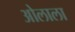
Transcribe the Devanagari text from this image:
ओलाला